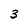
Character: 3